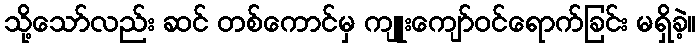
သို့သော်လည်း ဆင် တစ်ကောင်မှ ကျူးကျော်ဝင်ရောက်ခြင်း မရှိခဲ့။